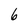
Character: 6